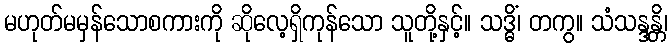
မဟုတ်မမှန်သောစကားကို ဆိုလေ့ရှိကုန်သော သူတို့နှင့်။ သဒ္ဓိံ၊ တကွ။ သံသန္ဒန္တိ၊